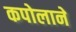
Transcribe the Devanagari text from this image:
कपोलाने